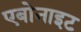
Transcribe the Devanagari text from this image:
एबोनाइट